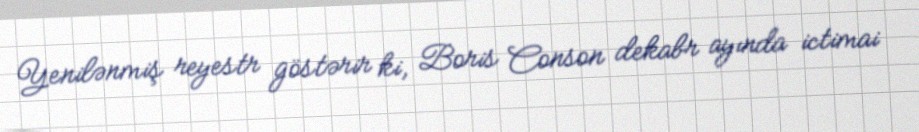
Yenilənmiş reyestr göstərir ki, Boris Conson dekabr ayında ictimai